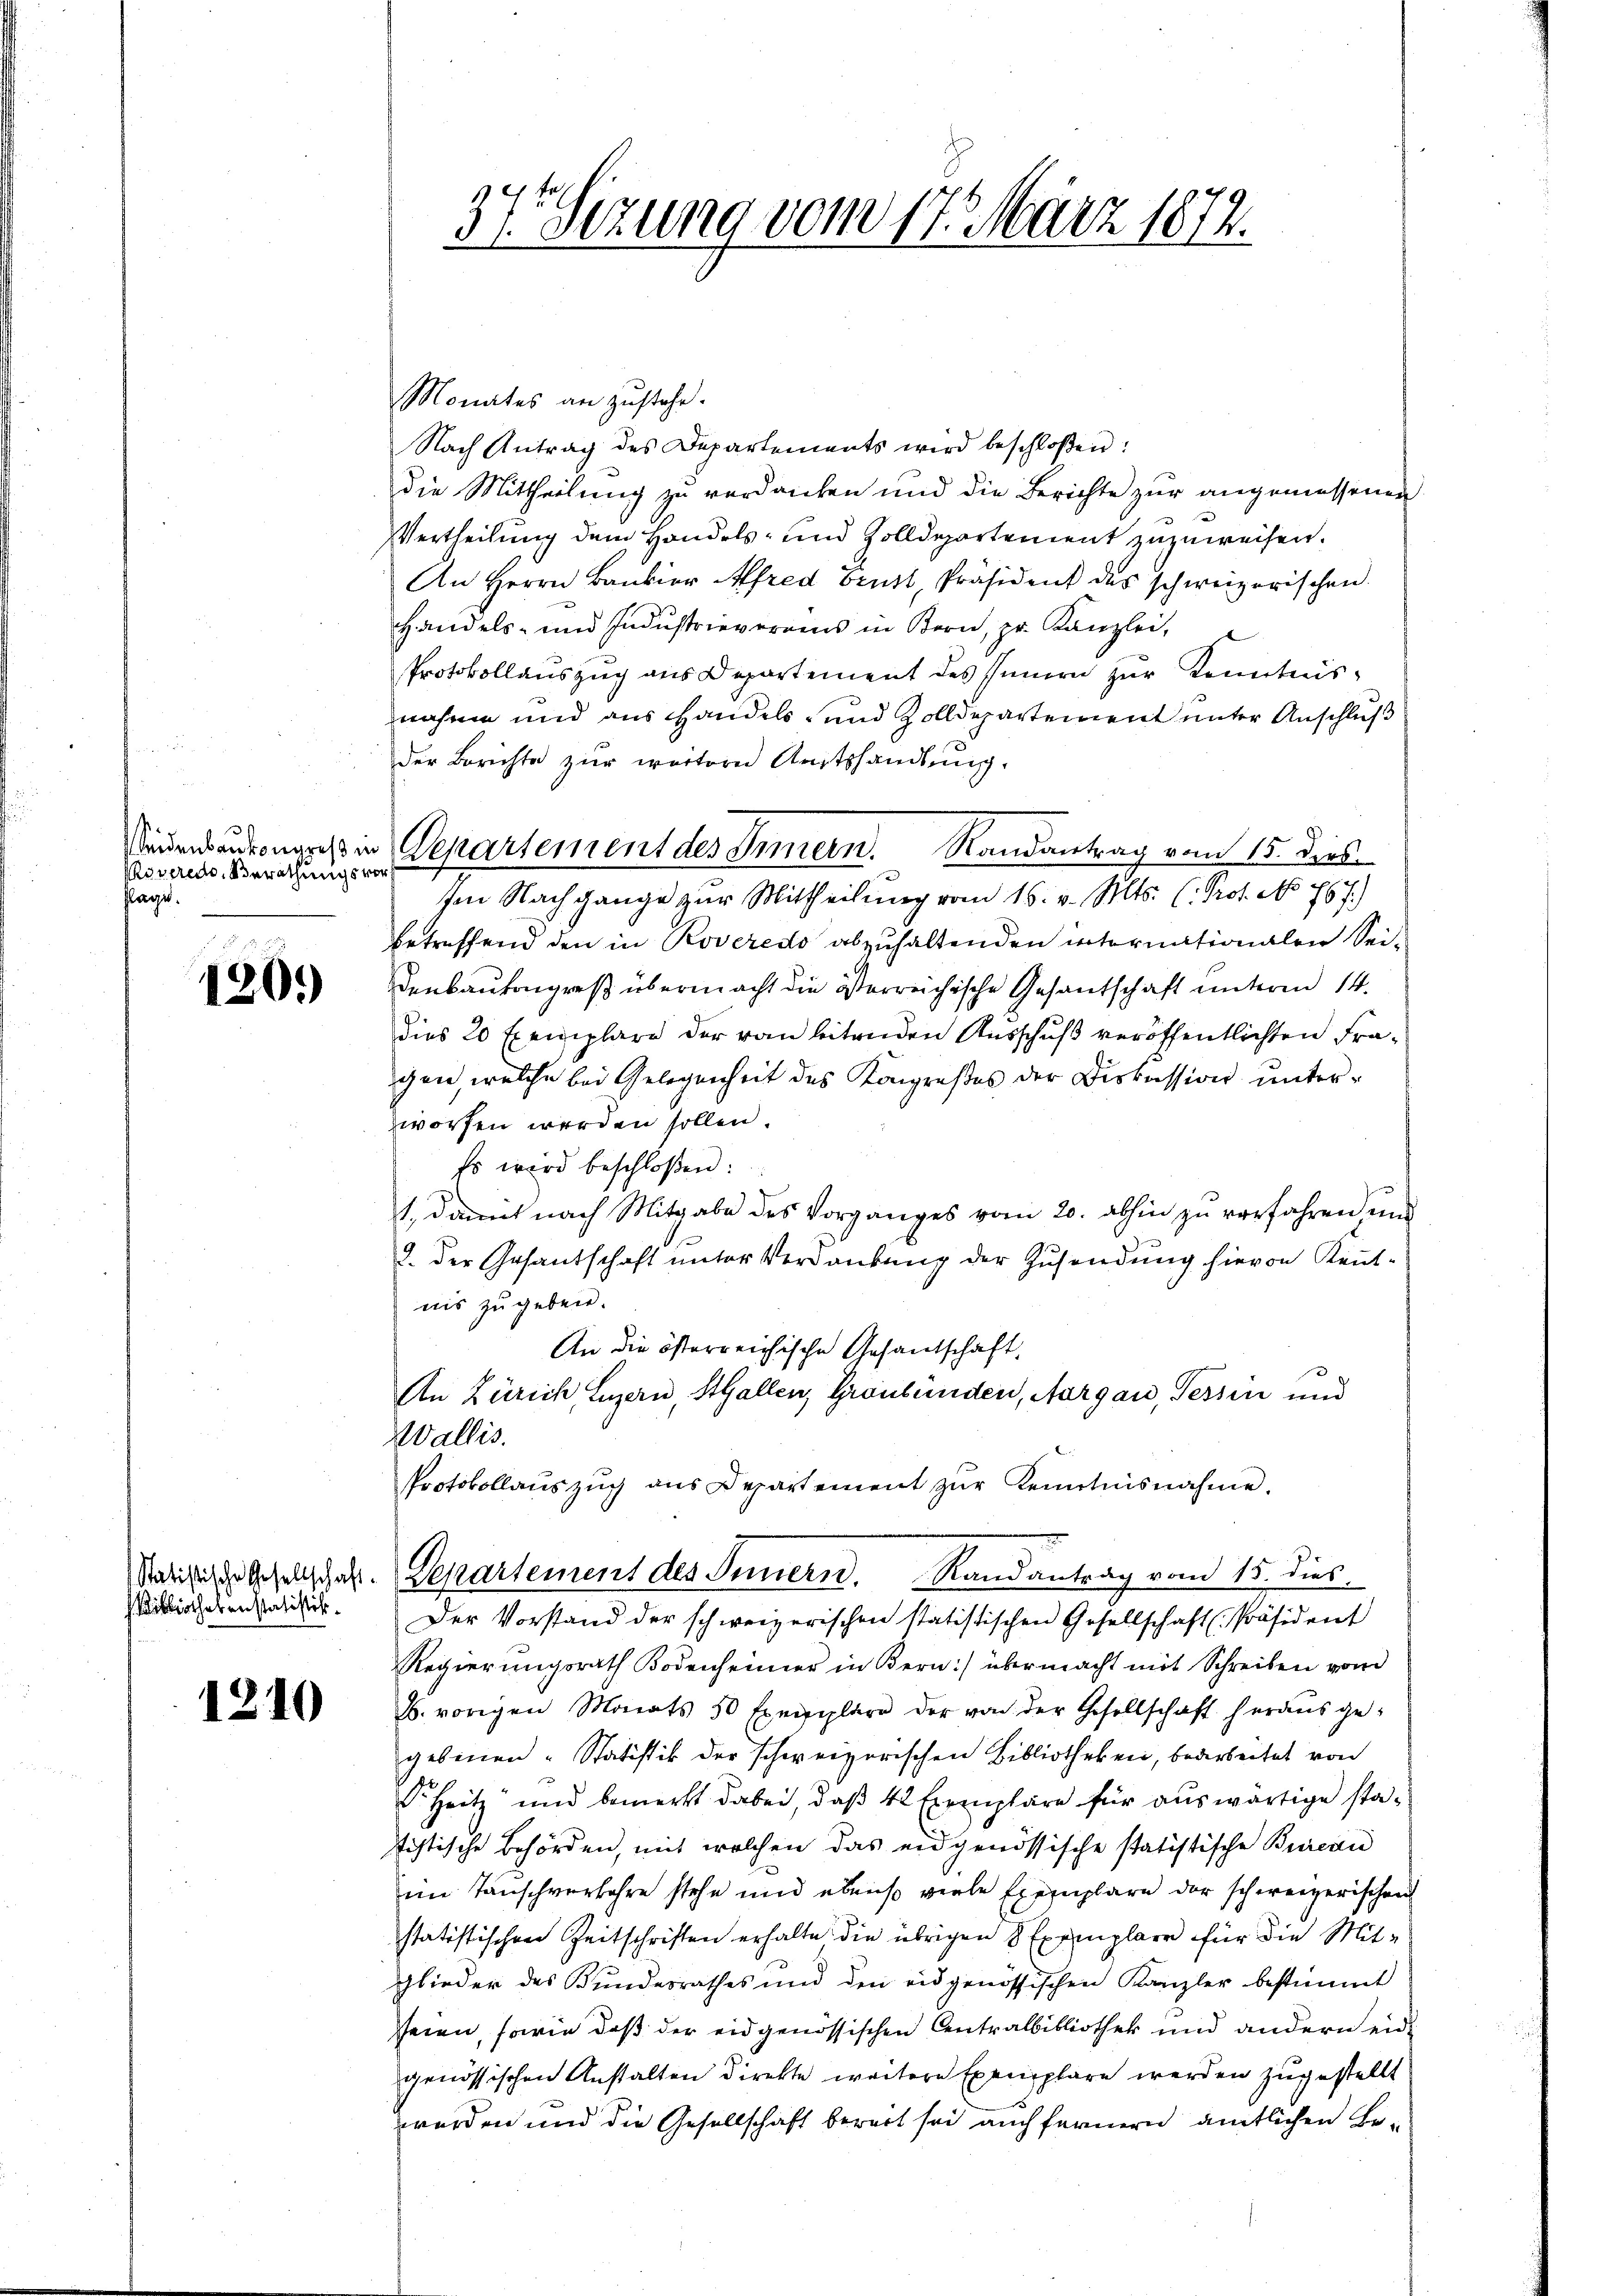
Seidenbaukongreß in
Poveredo, Berathungsvor
flage.

120.)

ibliothekenstatistik.

1210

1
37. Sizung vom 17. März 1872.

Departement des Innern. Randantrag vom 15. dies
Ien Nachgange zur Mittheilung vom 16. v. Mts. (Prof. No. 767.)

Monates an Zustehe.
Nach Antrag des Departements wird beschloßen:
die Mittheilung zu verdanken und die Berichte zur angemessenen
Vertheilung dem Handels- und Zolldepartement zuzuweisen.
An Herrn Bankier Afred Brust, Präsident des schweizerischen
Handels- und Industrieverains in Bern, pr. Kanzlei,
Protokollaŭszŭg ans Departement des Innern zŭr Kenntnis-
nahme und aus Handels- und Zolldepartement unter Anschluß
der Berichte zur weitern Amtshandlung.
betreffend den in Roveredo abzuhaltenden internationalen Sei¬
Denbaukongreß übermacht die österreichische Gesantschaft unterm 14.
dies 20 Exemplare der von beitenden Ausschuß veröffentlichten Fragen, welche bei Gelegenheit des Kongreßes der Diskussion unterworfen werden sollen.
Es wird beschloßen:
1. damit nach Mitgabe des Vorganges vom 20. abhin zu verfahren und
I. der Gesantschaft unter Verdankung der Zusendung hievon Rentnis zu geben.
An die österreichische Gesantschaft
An Zürich Luzern, StGallen, Graubünden, Aargau, Tessin und
Wallis.
Protokollaŭszŭg aŭs Departement zŭr Kenntnisnahme.
Satistische Gesellschaft. Separtement des Innern. Randantrag vom 15. dies
Der Vorstand der schweizerischen statistischen Gesellschaft Präsident
Regierungsrath Bodenheimer in Bern) übermacht mit Schreiben vom
b. vorigen Monats 50 Exemplare der von der Gesellschaft herausgegebenen Statistik der schweizerischen Bibliotheken, bearbeitet von
Dr. Heitz und bemerkt dabei, daß 42 Exemplare für auswärtige statistische Behörden, mit welchen das eidgenössische statistische Bureau
im Tauschverbahre stehe und ebenso viele Exemplare der schweizerischen
statistischen Zeitschriften erhalte die übrigen 8 Exemplare für die Mit¬
Glieder des Bundesrathes und den eidgenössischen Kanzler bestimmt
seien, sowie daß der eidgenössischen Centralbibliothek und andern eidgenössischen Anstalten direkte weitere Exemplare werden zugestellt
werden und die Gesellschaft bereit sei auch fernern amtlichen Be¬